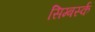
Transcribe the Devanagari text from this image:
सिम्बर्स्क